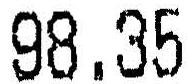
98.35